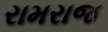
રામરાજ